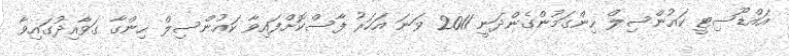
އައްޑޫސިޓީ ކައުންސިލް ހިންގަމުންގެންދަނީ 2011 ވަނަ އަހަރު ފާސްކޮށްފައިވާ ކައުންސިލް ހިންގާ ގަވާއިދުގައިވާ